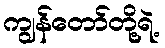
ကျွန်တော်တို့ရဲ့